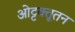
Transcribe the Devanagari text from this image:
ओट्टक्तूतन